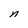
Character: n